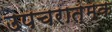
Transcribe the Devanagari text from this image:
उपचरात्मक